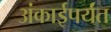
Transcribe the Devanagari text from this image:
अंकाईपर्यंत